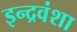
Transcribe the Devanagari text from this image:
इन्द्रवंशा